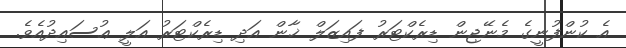
އެ ކުންފުނީގެ މެނޭޖިން ޑިރެކްޓަރު ފައިޒަލް ޚާން އަދި ޑިރެކްޓަރު އަލީ ޢުސައިދުއެވެ.